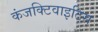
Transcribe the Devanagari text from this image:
कंजक्टिवाइटिस